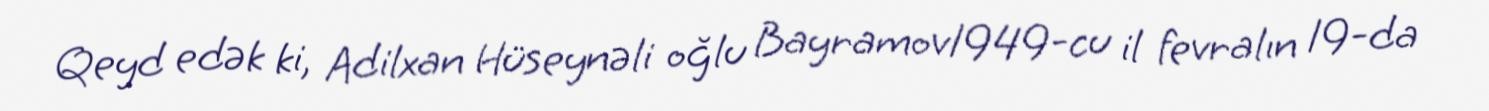
Qeyd edək ki, Adilxan Hüseynəli oğlu Bayramov1949-cu il fevralın 19-da